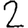
Digit: 2